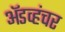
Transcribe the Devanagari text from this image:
ॲडव्हंचर